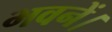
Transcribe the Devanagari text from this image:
भवनें।